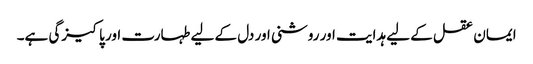
ایمان عقل کے لیے ہدایت اور روشنی اور دل کے لیے طہارت اور پاکیزگی ہے۔